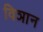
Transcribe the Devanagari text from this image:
विञान